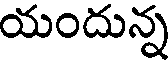
యందున్న